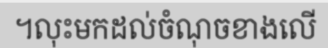
។លុះមកដល់ចំណុចខាងលើ